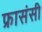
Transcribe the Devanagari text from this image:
फ्रासंसी